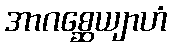
အာဂစ္ဆေယျာဟံ